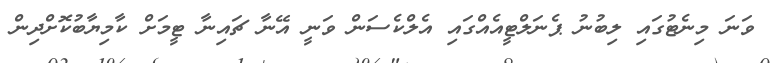
ވަނަ މިނެޓުގައި ލިބުނު ޕެނަލްޓީއެއްގައި އެލްކެސަން ވަނީ އޭނާ ޗައިނާ ޓީމަށް ކާމިޔާބުކޮށްދިން